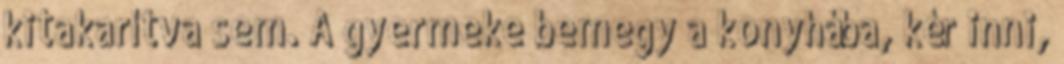
kitakarítva sem. A gyermeke bemegy a konyhába, kér inni,